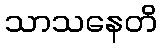
သာသနေတိ